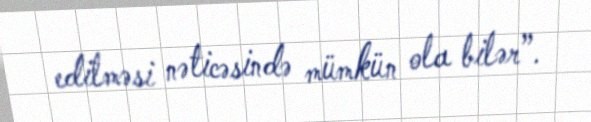
edilməsi nəticəsində mümkün ola bilər”.